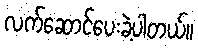
လက်ဆောင်ပေးခဲ့ပါတယ်။